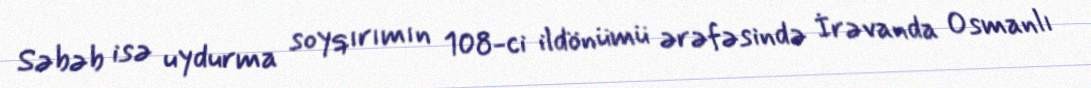
Səbəb isə uydurma soyqırımın 108-ci ildönümü ərəfəsində İrəvanda Osmanlı